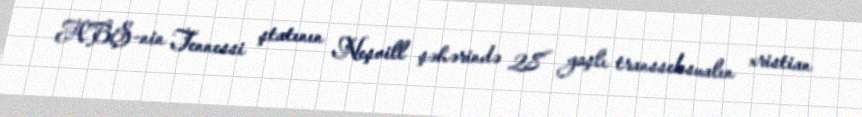
ABŞ-nin Tennessi ştatının Neşvill şəhərində 28 yaşlı transseksualın xristian